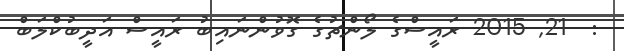
:  21